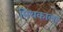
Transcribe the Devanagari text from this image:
मिथकाला